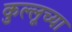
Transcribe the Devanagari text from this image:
कुल्लूच्या